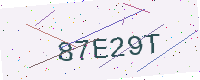
Text: 87E29T